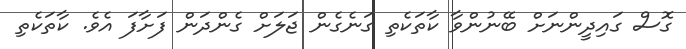
ގޮސް ގައިދީންނަށް ބޭނުންވާ ކާތަކެތި ގަނެގެން ޖަލަށް ގެންދަން ފަށާފަ އެވެ. ކާތަކެތި